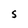
Character: S